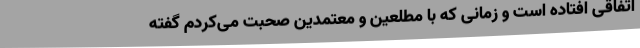
اتفاقی افتاده است و زمانی که با مطلعین و معتمدین صحبت می‌کردم گفته